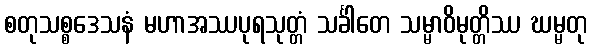
စတုသစ္စဒေသနံ မဟာအဿပုရသုတ္တံ သင်္ခါတေ သမ္မာဝိမုတ္တိဿ ဃမ္မတု